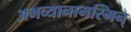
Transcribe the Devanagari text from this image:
अभव्यानामस्मिन्